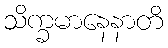
သိက္ခမာနေနာတိ